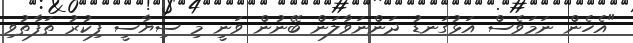
"އެހެން ނަމަވެސް އަޅުގަނޑު ދަންނަވާލަން ބޭނުން ވަނީ މި ސިޔާސީ ފިކުރު ތަފާތުވި